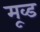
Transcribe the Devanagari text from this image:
मूव्ड